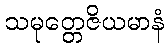
သမုတ္တေဇိယမာနံ